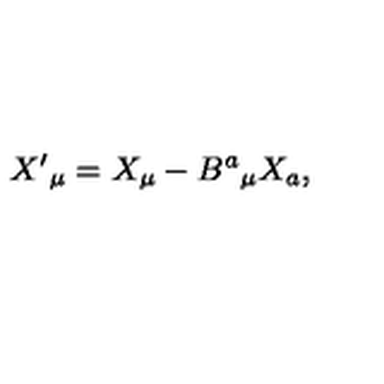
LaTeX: X ^ { \prime } { } _ { \mu } = X _ { \mu } - B ^ { a } { } _ { \mu } X _ { a } ,